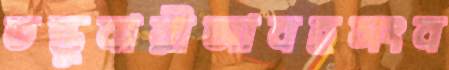
তন্তুবায়ীআবহসংব